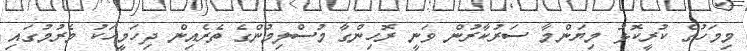
މިމަހުގެ ކުރީކޮޅު މިޔަންމާ ސަރުކާރުން ވަނީ ރޮހިންގާ މުސްލިމުންގެ ތެރެއިން ދިހަމީހަކު މެރުމުގައި